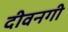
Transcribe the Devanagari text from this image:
दीवनगी